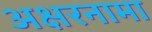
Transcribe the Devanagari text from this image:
अक्षरनामा